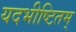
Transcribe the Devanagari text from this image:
यदभीष्टितम्